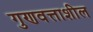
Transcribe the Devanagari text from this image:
गुणवत्ताशील